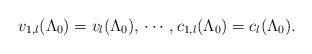
LaTeX: \begin{align*}v_{1,l} (\Lambda_0) = v_{l} (\Lambda_0), \, \cdots \, , c_{1,l} (\Lambda_0) = c_{l} (\Lambda_0) .\end{align*}